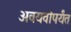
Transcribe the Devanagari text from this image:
अवयवांपर्यंत